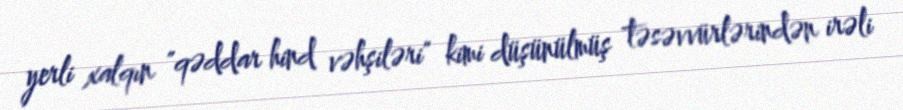
yerli xalqın "qəddar hind vəhşiləri" kimi düşünülmüş təsəvvürlərindən irəli